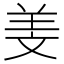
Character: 𦍡